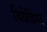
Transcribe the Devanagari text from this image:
बिग्रेडियर